Statistical return of the lunatic asylum in Assam - 1912-1932
Year: 1912
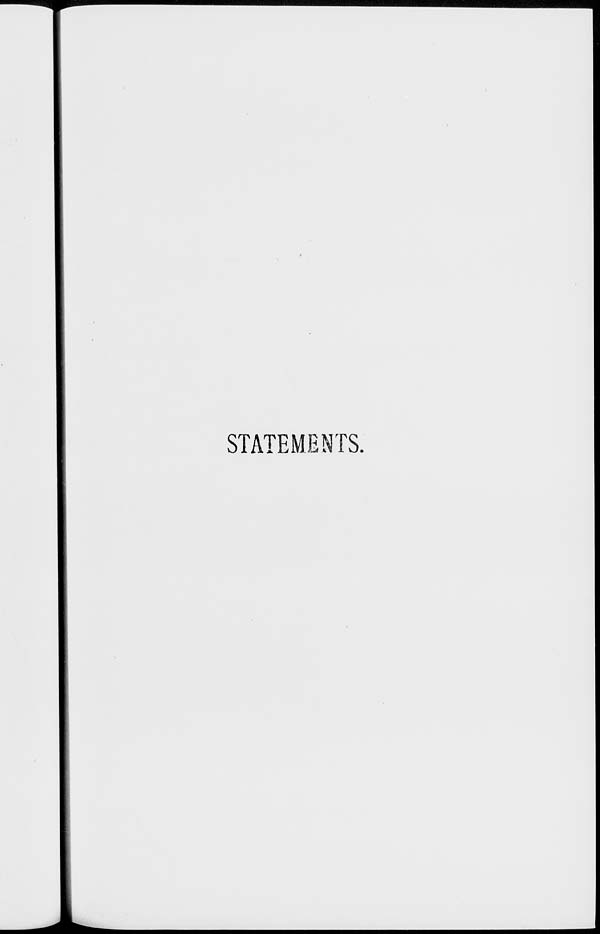
STATEMENTS,